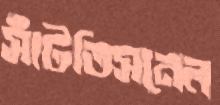
সাঁটতিসনেল